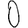
Digit: 0